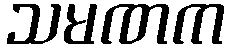
သမဏက